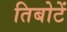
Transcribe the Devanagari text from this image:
तिबोटें